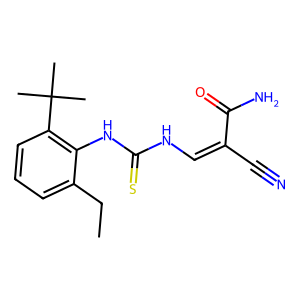
SMILES: CCc1cccc(C(C)(C)C)c1NC(=S)NC=C(C#N)C(N)=O
Inhibits HIV replication: No